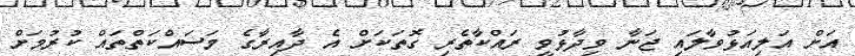
އަށް އަލިއަޅުވާލައި ޖަނާ ވިދާޅުވީ ރައްކާތެރި ގޮތަކަށް އެ ދާއިރާގެ މަސައްކަތްތައް ކުރުމަށް